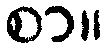
စာ။